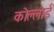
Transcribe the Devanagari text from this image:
कोल्लार्ड